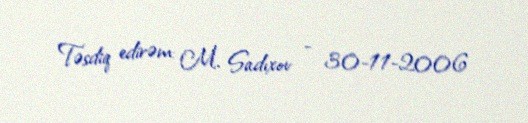
Təsdiq edirəm: M. Sadıxov - 30-11-2006